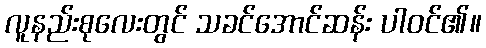
လူနည်းစုလေးတွင် သခင်အောင်ဆန်း ပါဝင်၏။